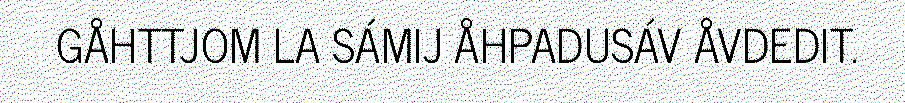
GÅHTTJOM LA SÁMIJ ÅHPADUSÁV ÅVDEDIT.